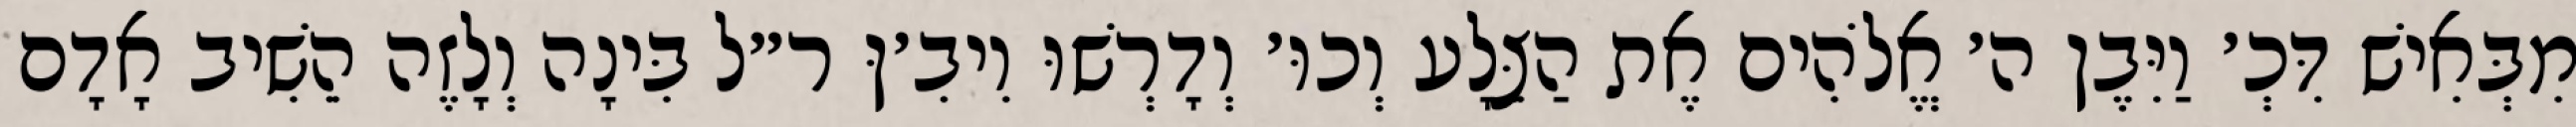
מִבְּאִישׁ דִּכְ׳ וַיִּבֶן ה׳ אֱלֹהִים אֶת הַצֵּלָע וְכוּ׳ וְדָרְשׁוּ וִיבִ׳ןּ ר״ל בִּינָה וְלָזֶה הֵשִׁיב אָדָם